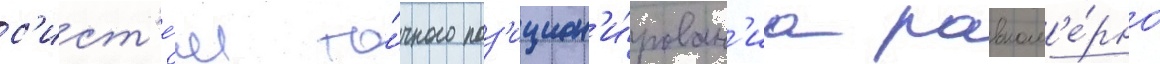
с'ист'е́м то́чного поз'ицион'и́рован'иа равном'е́рно